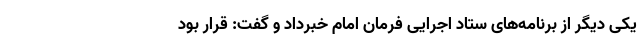
یکی دیگر از برنامه‌های ستاد اجرایی فرمان امام خبرداد و گفت: قرار بود